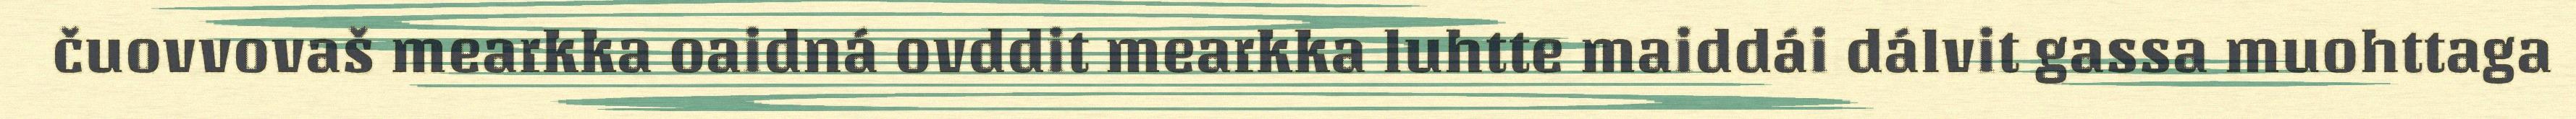
čuovvovaš mearkka oaidná ovddit mearkka luhtte maiddái dálvit gassa muohttaga